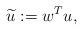
LaTeX: \begin{align*}\widetilde u := w^T u,\end{align*}